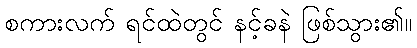
စကားလက် ရင်ထဲတွင် နင့်ခနဲ ဖြစ်သွား၏။